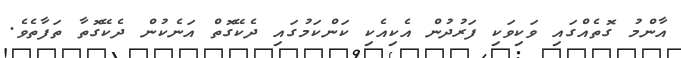
އާންމު ގޮތެއްގައި ވަކިވަކި ފަރުދުން އެކިއެކި ކަންކަމުގައި ދެކޭގޮތް އަނެކުން ދެކޭގޮތާ ތަފާތެވެ.